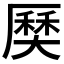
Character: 𡙽